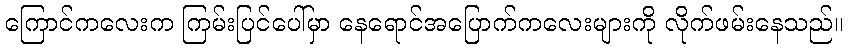
ကြောင်ကလေးက ကြမ်းပြင်ပေါ်မှာ နေရောင်အပြောက်ကလေးများကို လိုက်ဖမ်းနေသည်။